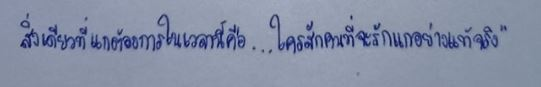
สิ่งเดียวที่แกต้องการเวลานี้คือ....ใครสักคนที่จะรักแกอย่างแท้จริง"